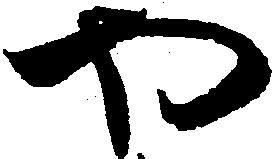
や